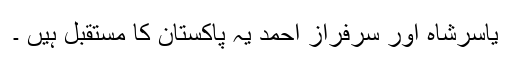
یاسرشاہ اور سرفراز احمد یہ پاکستان کا مستقبل ہیں ۔